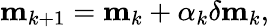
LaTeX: \mathbf{m}_{k+1}=\mathbf{m}_{k}+\alpha_{k}\delta\mathbf{m}_{k},